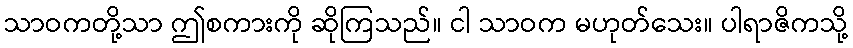
သာဝကတို့သာ ဤစကားကို ဆိုကြသည်။ ငါ သာဝက မဟုတ်သေး။ ပါရာဇိကသို့